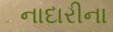
નાદારીના